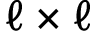
\ell \times \ell